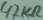
Text: 47KΩ